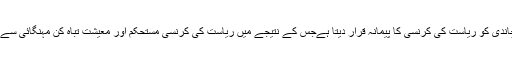
اسلام سونے اور چاندی کو ریاست کی کرنسی کا پیمانہ قرار دیتا ہےجس کے نتیجے میں ریاست کی کرنسی مستحکم اور معیشت تباہ کن مہنگائی سے محفوظ رہتی ہے۔